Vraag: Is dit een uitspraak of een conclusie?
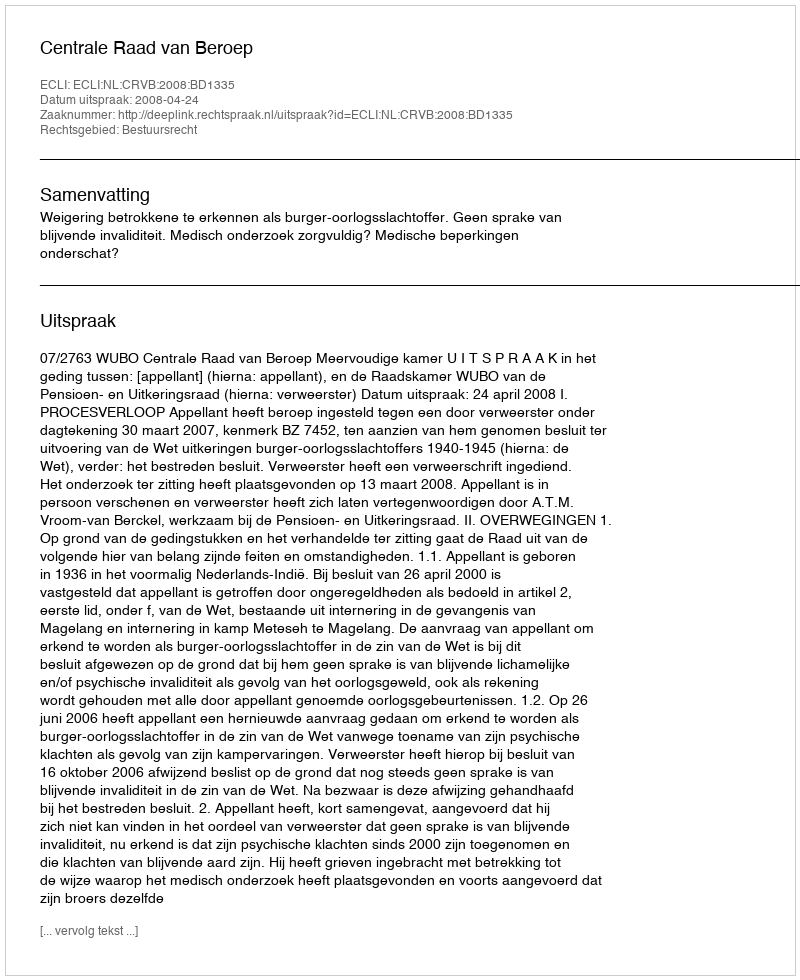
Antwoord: Uitspraak